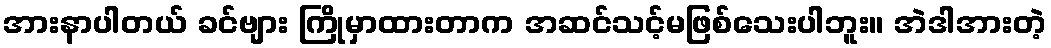
အားနာပါတယ် ခင်ဗျား ကြိုမှာထားတာက အဆင်သင့်မဖြစ်သေးပါဘူး။ အဲဒါအားတဲ့